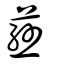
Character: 蕬